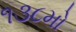
૧૩૮મો